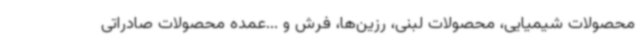
محصولات شیمیایی، محصولات لبنی، رزین‌ها، فرش و ...عمده محصولات صادراتی